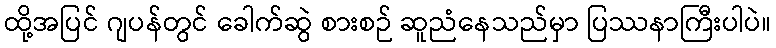
ထို့အပြင် ဂျပန်တွင် ခေါက်ဆွဲ စားစဉ် ဆူညံနေသည်မှာ ပြဿနာကြီးပါပဲ။